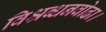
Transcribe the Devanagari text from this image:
विश्रब्धनवोढा।